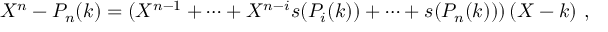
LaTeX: X ^ { n } - P _ { n } ( k ) = ( X ^ { n - 1 } + \dots + X ^ { n - i } s ( P _ { i } ( k ) ) + \dots + s ( P _ { n } ( k ) ) ) \, ( X - k ) \ ,